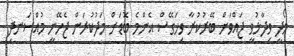
މޯދީ ވިދާޅުވީ ޖައްވަށް ބޭރުކުރާ ވިހަގޭސް އެންމެ ބޮޑަށް މަދުކުރަން ޖެހޭނީ މުއްސަނދި